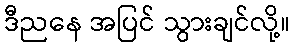
ဒီညနေ အပြင် သွားချင်လို့။